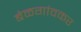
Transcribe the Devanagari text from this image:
बेळगांवकर